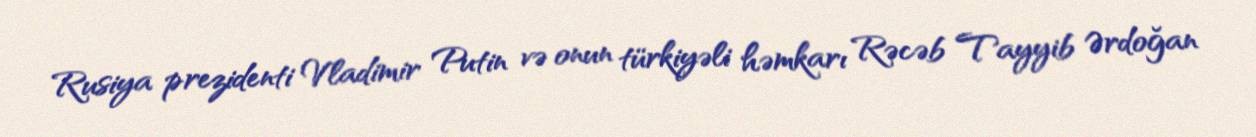
Rusiya prezidenti Vladimir Putin və onun türkiyəli həmkarı Rəcəb Tayyib Ərdoğan